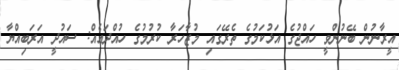
އީރާނުން ބޭނުންވީ ހައްޖުގެ އަޅުކަމުގެ ތެރޭގައި މުޒާހަރާ ކުރުމުގެ ހުއްދައެއް: ސައުދީ އަރަބިއްޔާ